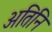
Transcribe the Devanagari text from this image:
अतिनि